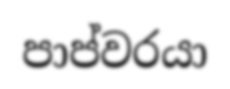
පාප්වරයා